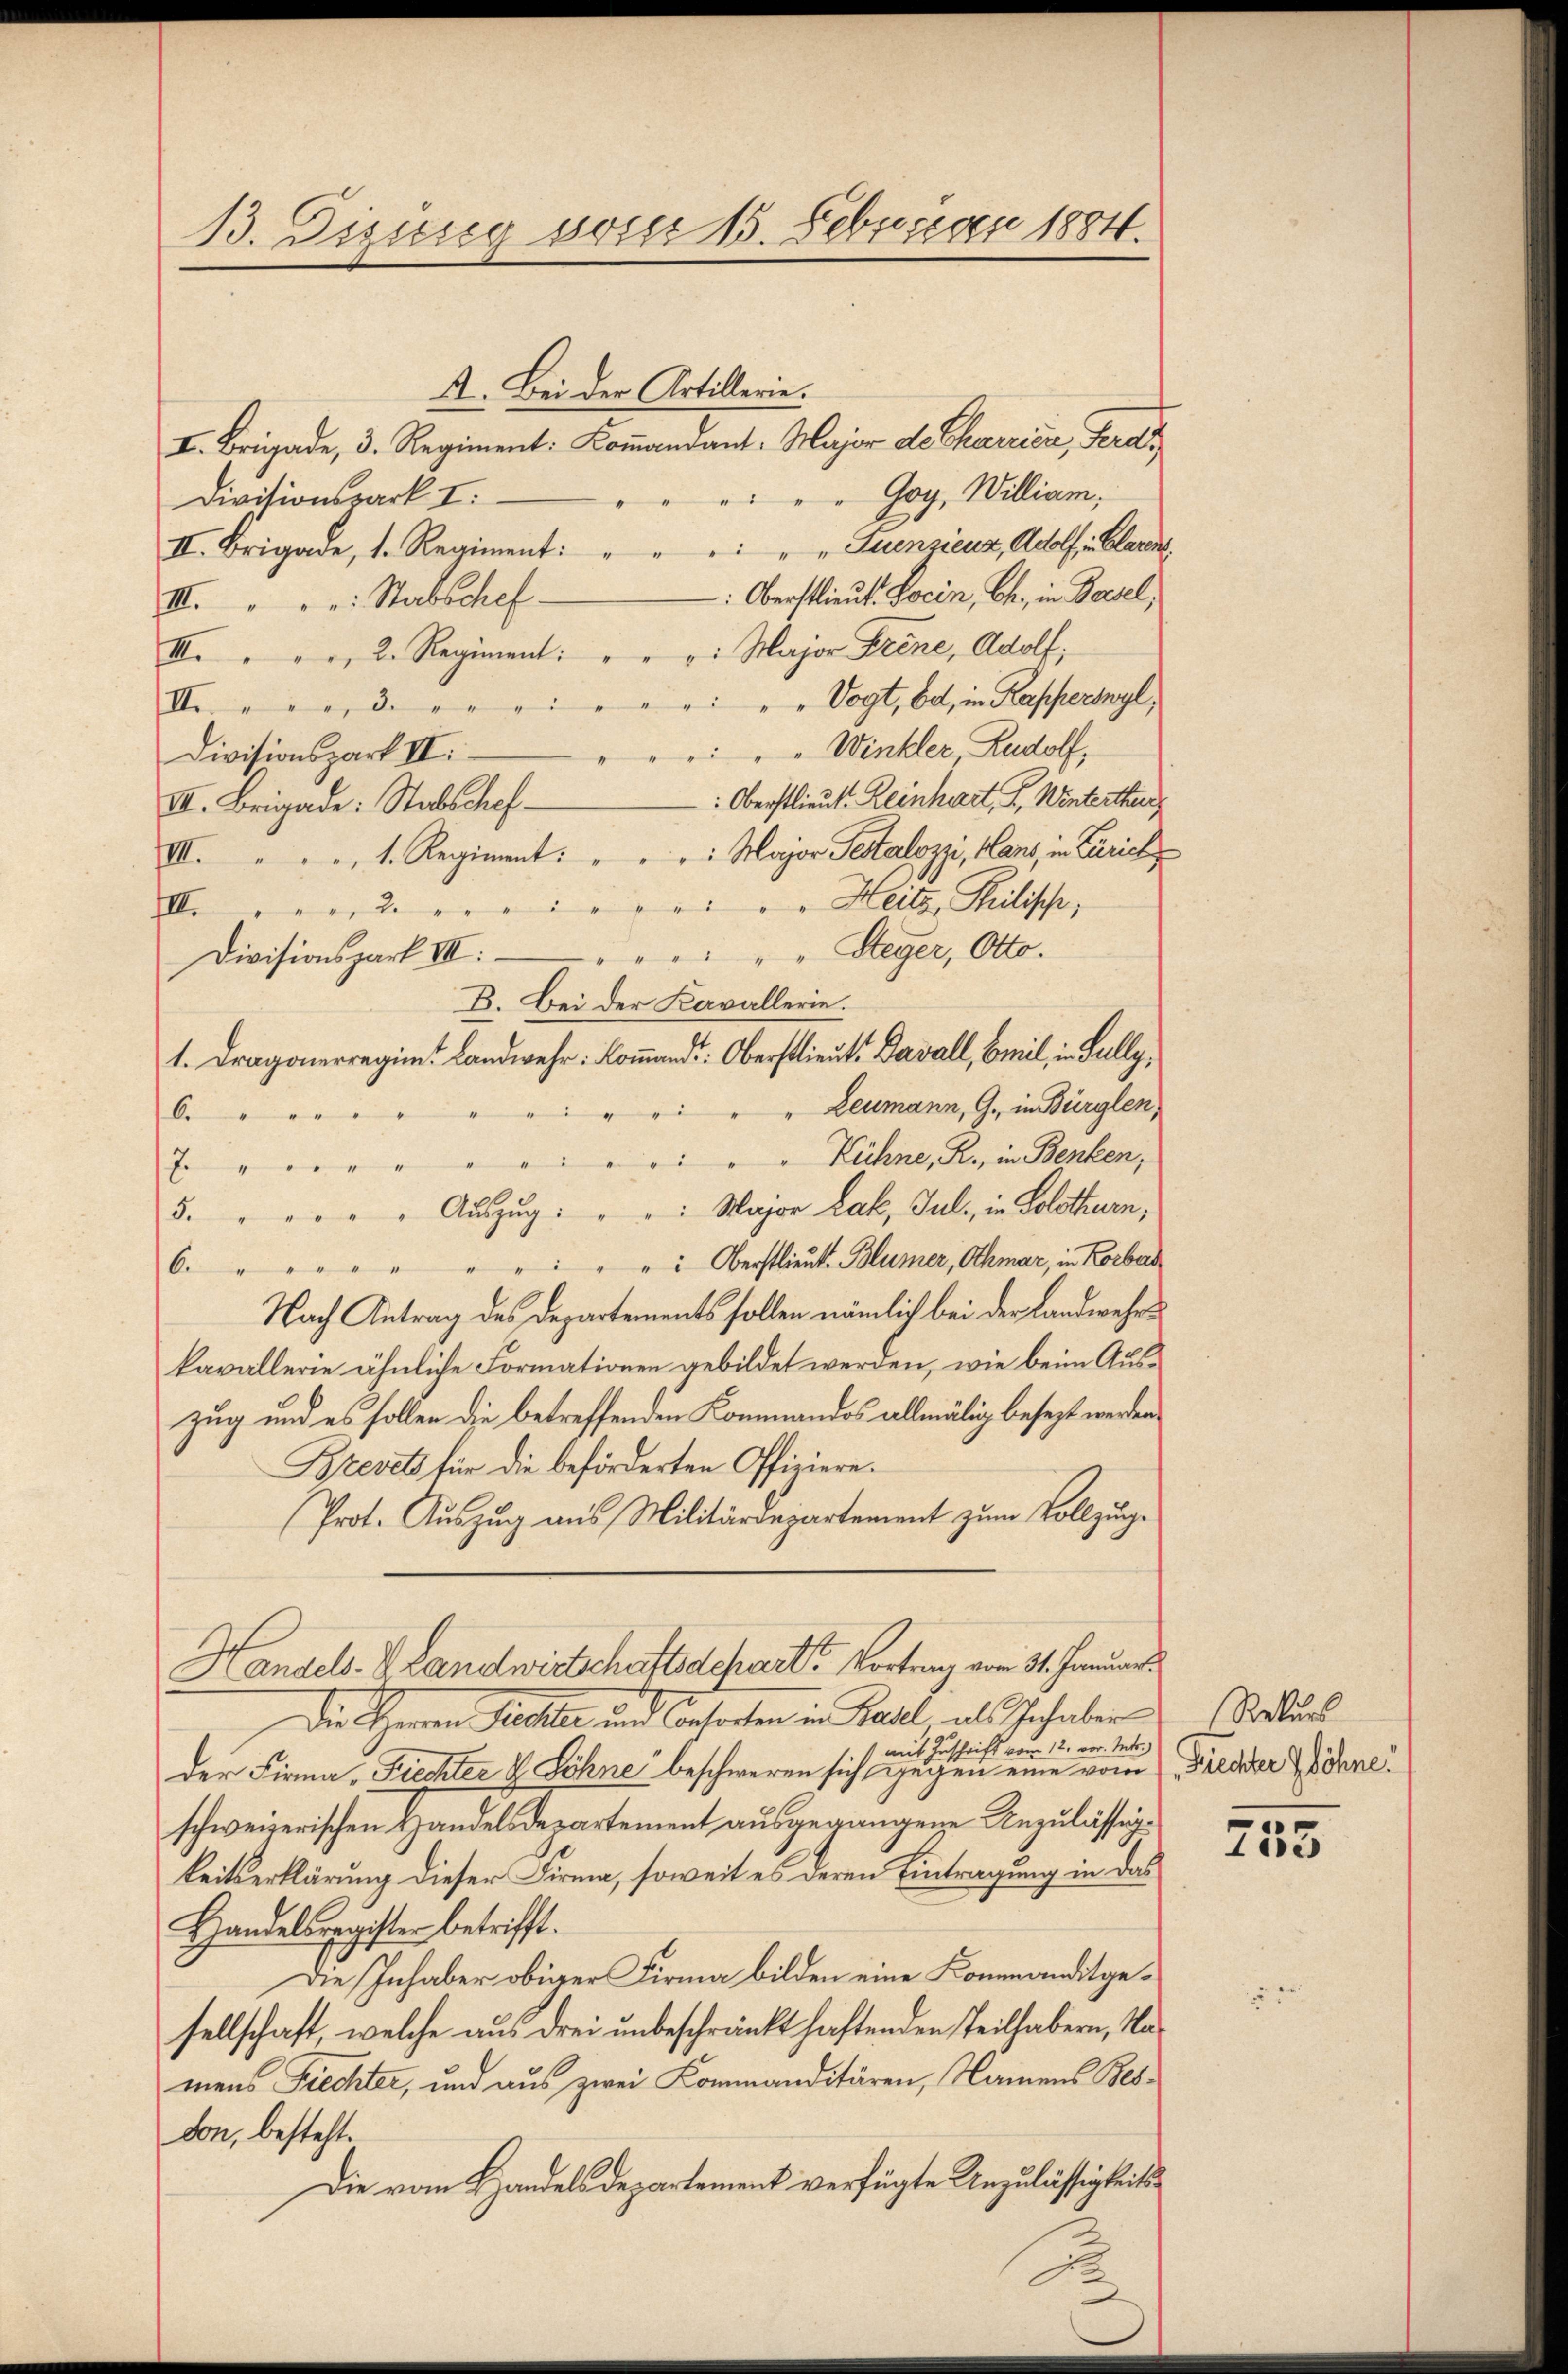
13. Dietig soser 15. Februar 1884.

st. Bei der Artillerie.
I. Brigade, 3. Regiment: Kommandant-Major de Charrier, Ferdi
Goy, William,
Divisionspark I.
"Fuenzienz, Adolf, in Claren,
II. Brigade, 1. Regiment:
Oberstlieut. Socin, Ch., in Basel,
III. " " " Stabschef.
III. " " " 2. Regiment: " " " Major Frene, Adolf,
" " " Vogt, bat, in Kapperswyl,
Ine er, dere ei
" Winkler, Rudolf,
Divisionspart II:
Oberstlieut. Leinhart, I. Winterthe
II. Brigade: Stabschef-
VI. . . . 1. Regiment. " " " Major Festalozzi, Mans, in Zürich
Heitz, Heilische,
III. erste ein in der
Divisionspark III: " " " " " " Steger, Otto.
B. Bei der Kavallerie.
1. Dragonerregim. Landwehr: Kommandt: Oberstlieut. Davall, Emil, in Fully,
Leumann, G. in Bürglen,
6.
" Kühne, R., in Benken,
E
5. " " " " " Aŭszŭg: " " " Major Lak, Juli, in Solothurn,
6. " " " " " " " " " " Oberstlieut. Blümer, Othmar, in Körber
Nach Antrag des Departements sollen nämlich bei der Landwehrkavallerie ähnliche Formationen gebildet werden, wie beim Auszug und es sollen die betreffenden Kommandos allmälig besezt werden,
Brevets für die beförderten Offiziere.
Prot. Auszug aus Militärdepartement zum Vollzug.
Handels- & Landwirtschaftsdeparte Vortrag vom 31. Januar
Die Herren Sicile und Consorten in Basel als Inhaber
mit Zuschrift vom 12. vor. Mts.
der Firma „Fiechter & Söhne beschweren sich gegen eine vom Frecker Söhne.
schweizerischen Handelsdepartement ausgegangene Anzulässigkeitserklärung dieser Firma, soweit es deren Eintragung in das
Handelsregister betrifft.
Die Inhaber obiger Firma bilden eine Kommanditgesellschaft, welche aus drei unbeschränkt haftenden Teilhabern, Namens Fiechter, und aus zwei Kommanditären, Namens Besdon, besteht.
Die vom Handels Departement verfügte Unzulässigkeits¬

Rekurs

755